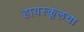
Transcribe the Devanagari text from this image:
हायस्‍कूलचा